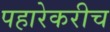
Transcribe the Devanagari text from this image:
पहारेकरीच